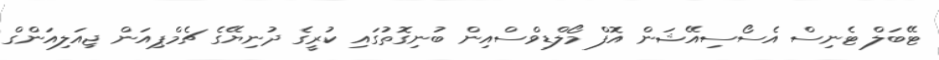
ޓޭބަލް ޓެނިސް އެސޯސިއޭޝަން އޮފް މޯލްޑިވްސްއިން ބުނިގޮތުގައި ކުރީގެ ދުނިޔޭގެ ޗެމްޕިއަން ޖިއަލިއަންގް